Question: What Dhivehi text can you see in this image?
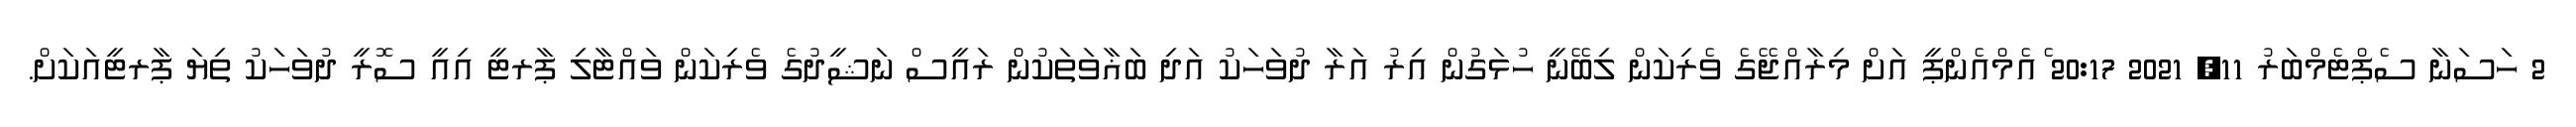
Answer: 2 ހަސަނާ ސެޕްޓެމްބަރު 11, 2021 20:17 ެއެމްއެންޕީ އަށް މިރާއްޖޭގެ ވެރިކަން ލިބޭނީ ހުޅަގުން އިރު އަރާ ދުވަހަކު އަދި ބަޣާވަތަކުން ރައީސް ނަޝީދުގެ ވެރިކަން ވައްޓާލި ޕާރޓީ އިއީ ސޮރީ ދުވަހަކު ތިޔަ ޕާރޓީއަކަށް.